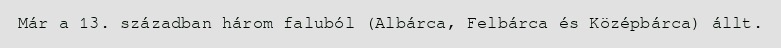
Már a 13. században három faluból (Albárca, Felbárca és Középbárca) állt.